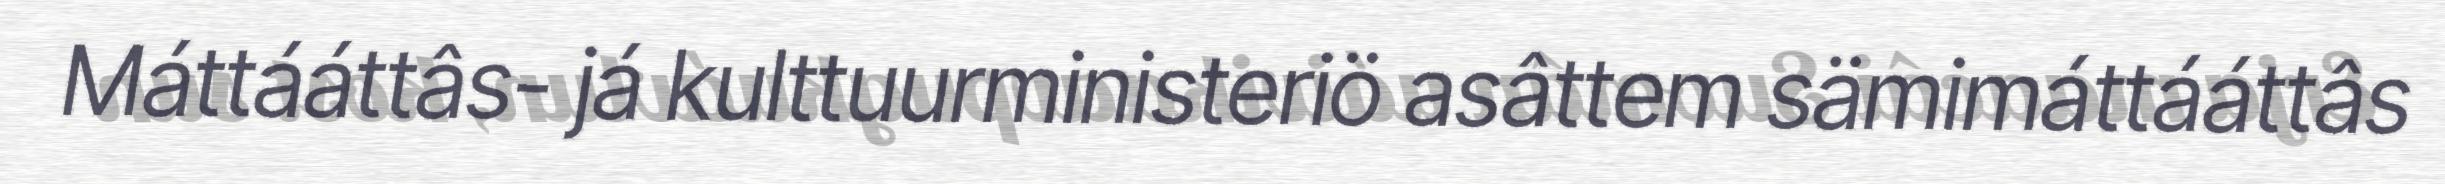
Máttááttâs- já kulttuurministeriö asâttem sämimáttááttâs